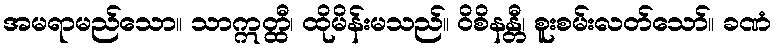
အမရာမည်သော။ သာဣတ္ထီ၊ ထိုမိန်းမသည်။ ဝိစိနန္တီ၊ စူးစမ်းလတ်သော်။ ခဏံ